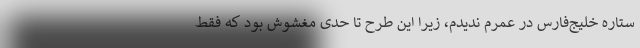
ستاره خلیج‌فارس در عمرم ندیدم، زیرا این طرح تا حدی مغشوش بود که فقط